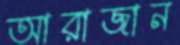
আরাজান